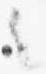
々